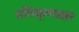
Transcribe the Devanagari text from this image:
प्रतिकूलाक्षर